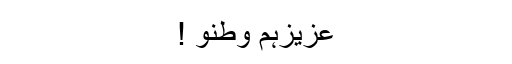
عزیزہم وطنو !